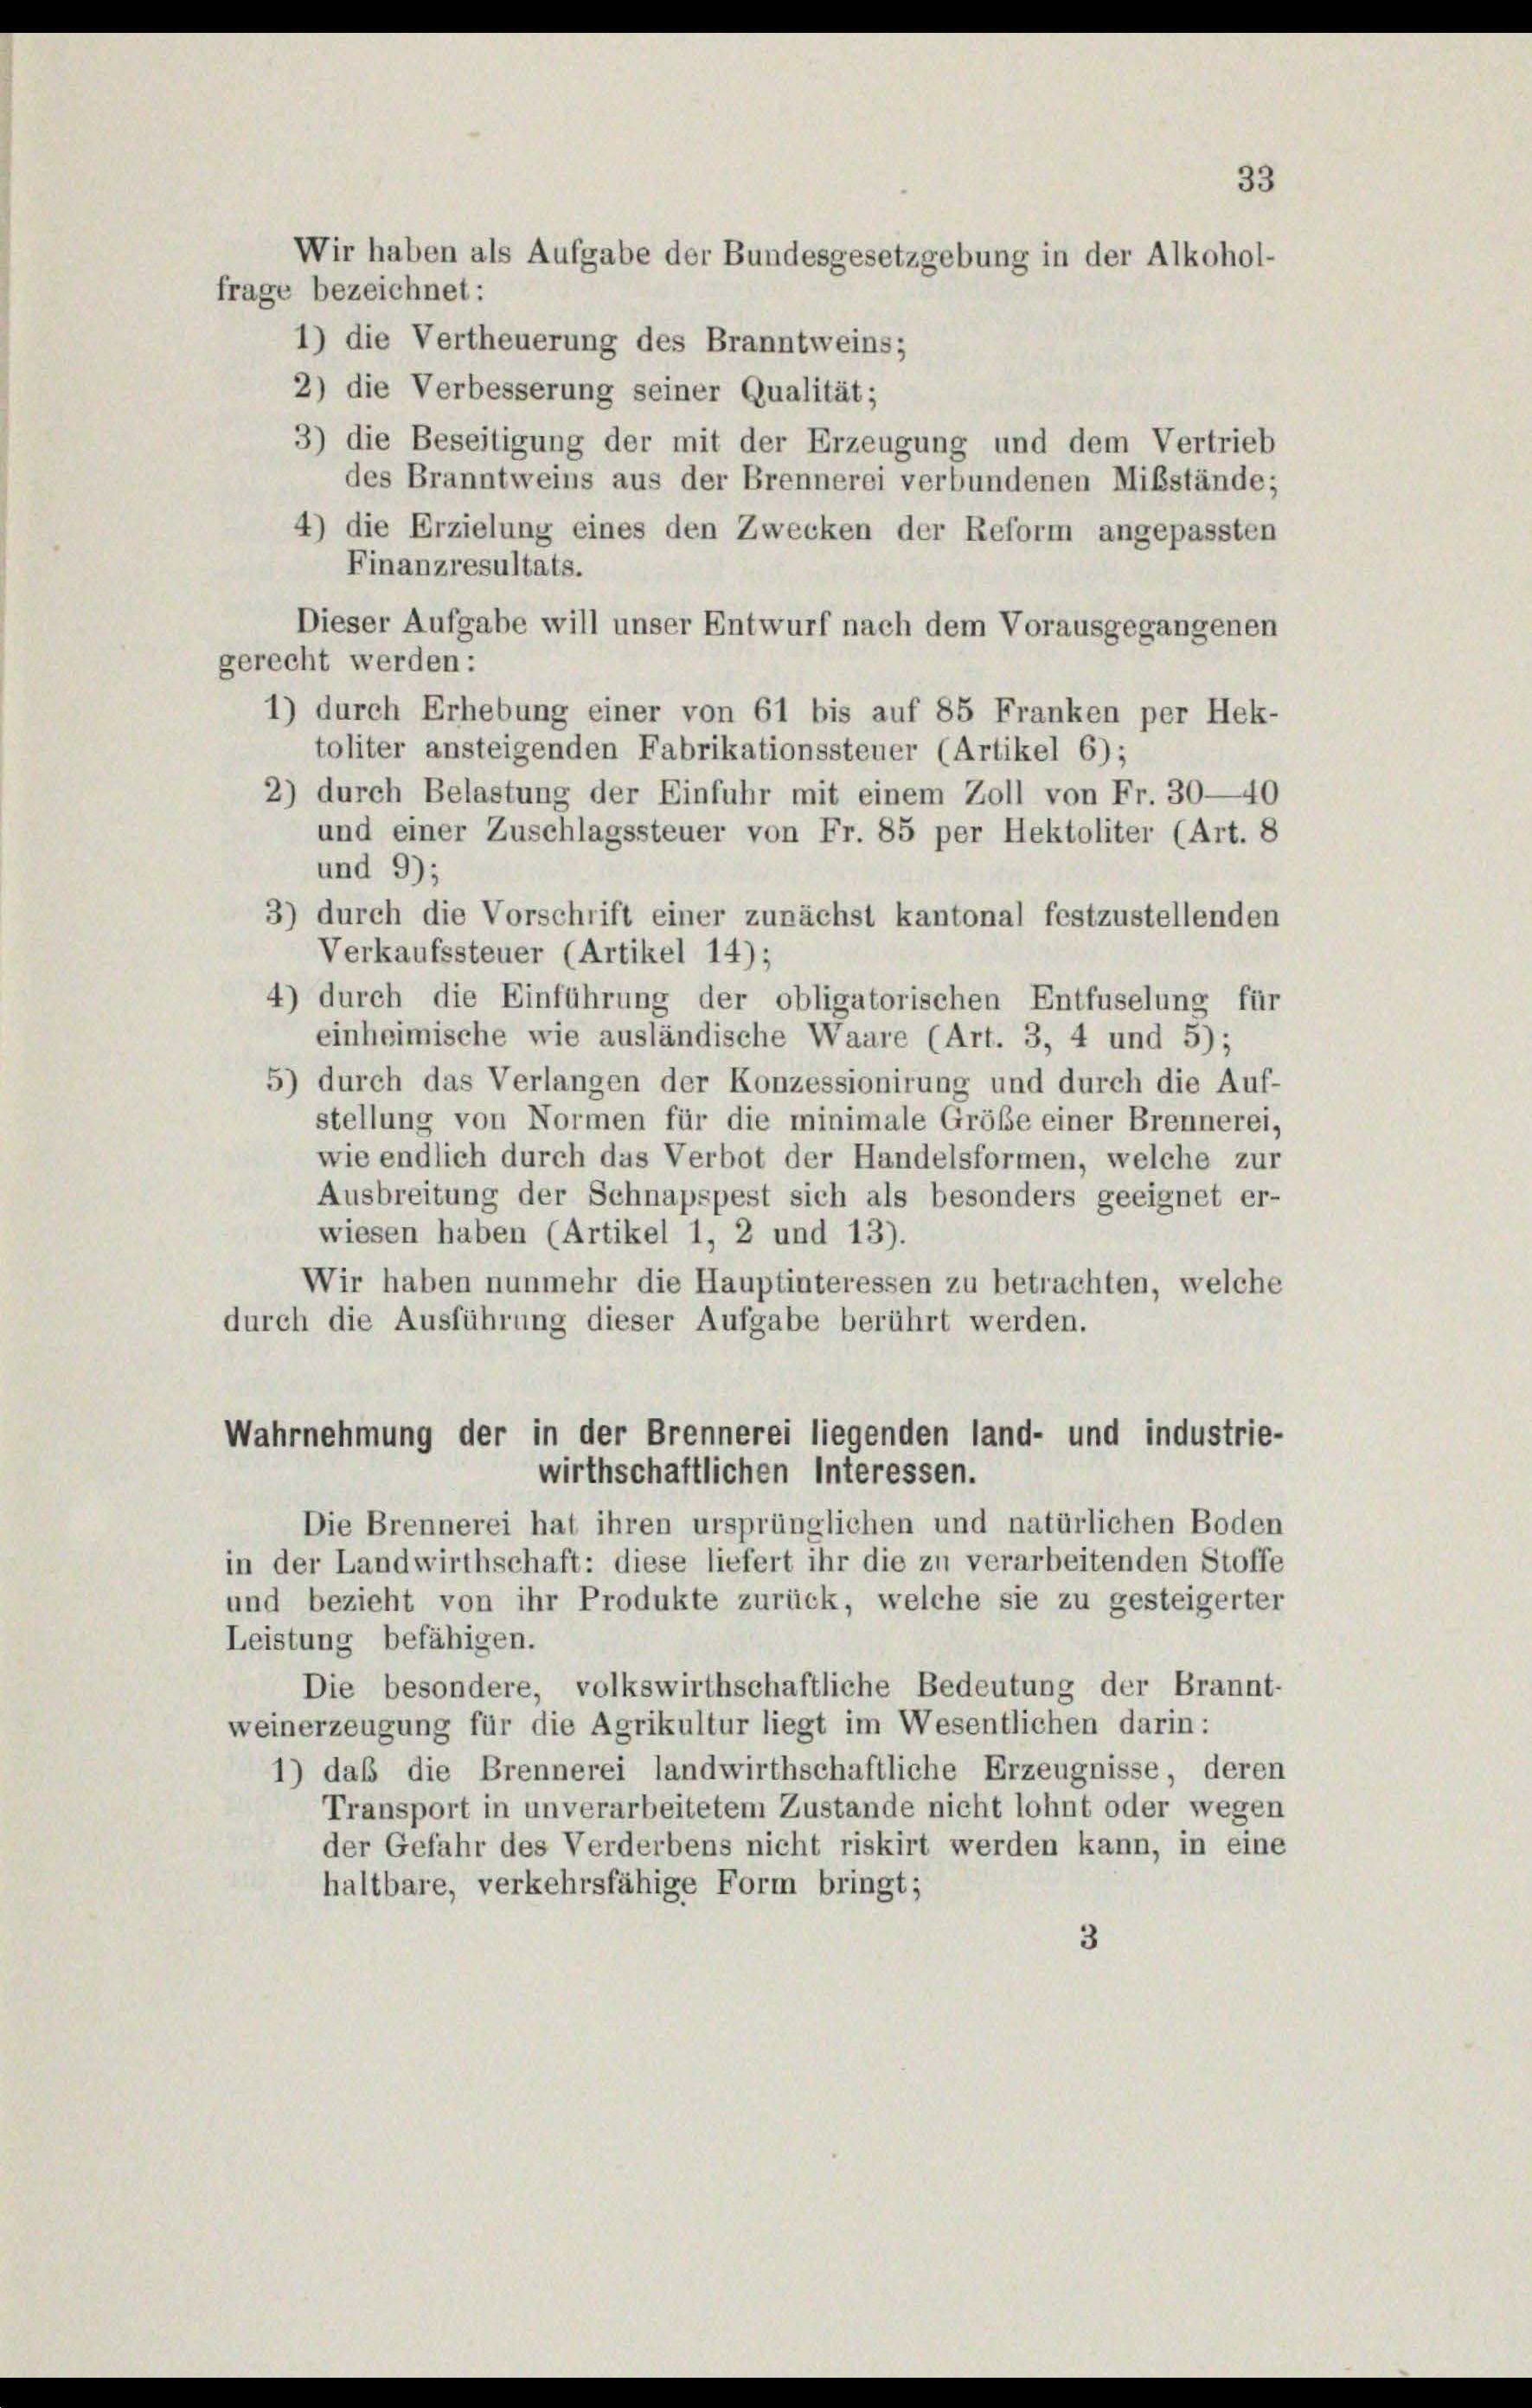
frage bezeichnet:
2) die Verbesserung seiner Qualität;
3) die Beseitigung der mit der Erzeugung und dem Vertrieb
des Branntweins aus der Brennerei verbundenen Mißstände;
4) die Erzielung eines den Zwecken der Reform angepassten
Finanzresultats.
Dieser Aufgabe will unser Entwurf nach dem Vorausgegangenen
gerecht werden:
1) durch Erhebung einer von 61 bis auf 85 Franken per Hek-
toliter ansteigenden Fabrikationssteuer (Artikel 6);
2) durch Belastung der Einfuhr mit einem Zoll von Fr. 30—40
und einer Zuschlagssteuer von Fr. 85 per Hektoliter (Art. 8
und 9);
3) durch die Vorschrift einer zunächst kantonal festzustellenden
Verkaufssteuer (Artikel 14);
4) durch die Einführung der obligatorischen Entfuselung für
einheimische wie ausländische Waare (Art. 3, 4 und 5);
5) durch das Verlangen der Konzessionirung und durch die Auf-
stellung von Normen für die minimale Größe einer Brennerei,
wie endlich durch das Verbot der Handelsformen, welche zur
Ausbreitung der Schnapspest sich als besonders geeignet er-
wiesen haben (Artikel 1, 2 und 13).
Wir haben nunmehr die Hauptinteressen zu betrachten, welche
durch die Ausführung dieser Aufgabe berührt werden.
Wahrnehmung der in der Brennerei liegenden land- und industrie-
wirthschaftlichen Interessen.
Die Brennerei hat ihren ursprünglichen und natürlichen Boden
in der Landwirthschaft: diese liefert ihr die zu verarbeitenden Stoffe
und bezieht von ihr Produkte zurück, welche sie zu gesteigerter
Leistung befähigen.
Die besondere, volkswirthschaftliche Bedeutung der Brannt-
weinerzeugung für die Agrikultur liegt im Wesentlichen darin:
1) daß die Brennerei landwirthschaftliche Erzeugnisse, deren
Transport in unverarbeitetem Zustande nicht lohnt oder wegen
der Gefahr des Verderbens nicht riskirt werden kann, in eine
haltbare, verkehrsfähige Form bringt;
3

33
Wir haben als Aufgabe der Bundesgesetzgebung in der Alkohol-
1) die Vertheuerung des Branntweins;